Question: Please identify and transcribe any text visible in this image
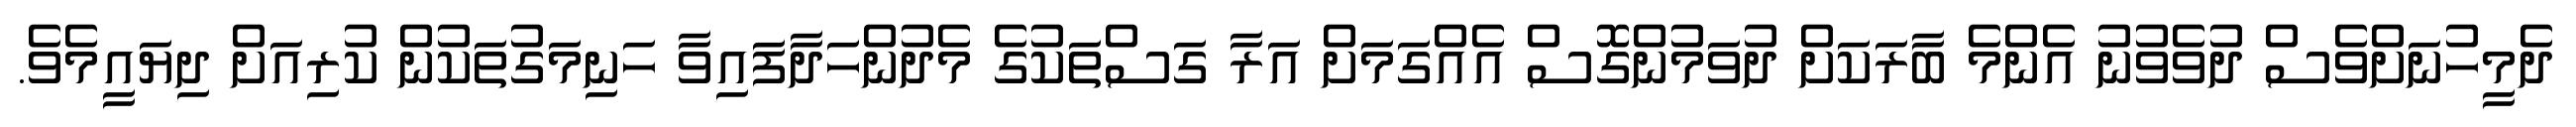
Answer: ދެމީހުނަށްވެސް ދުވެވުނު އެންމެ ބާރަކަށް ދުވަމުންގޮސް އެއްގަމަށް އަރާ ގަސްތަކުގެ މެދުންހަދާފައިވާ ހަނިމަގުތަކުން ކުރިއަށް ދިޔައީމެވެ.